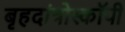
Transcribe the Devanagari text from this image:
बृहदांत्रोस्कॉपी